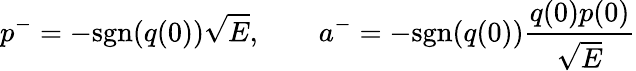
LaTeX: p^{-}=-\mathrm{sgn}(q(0))\sqrt{E},\qquad a^{-}=-\mathrm{sgn}(q(0))\frac{q(0)p(0)}{\sqrt{E}}